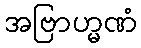
အဗြာဟ္မဏံ